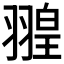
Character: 𦑠